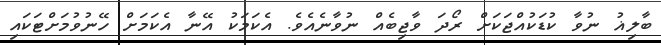
ބާލިޣު ނުވާ ކުޑަކުއްޖަކަށް ރޯދަ ވާޖިބެއް ނުވާނެއެވެ. އެކަމަކު އޭނާ އެކަމަށް ހޭނުވުމަށްޓަކައި